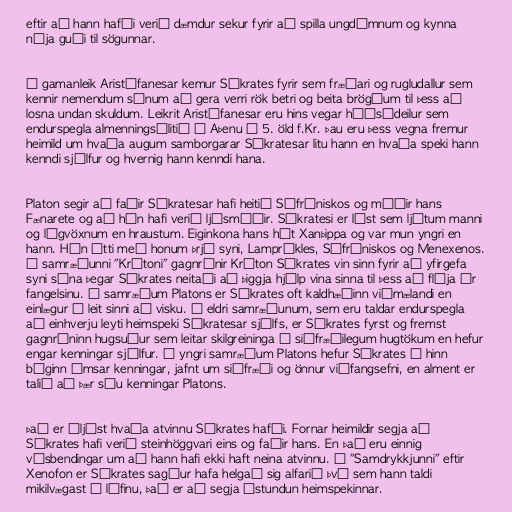
eftir að hann hafði verið dæmdur sekur fyrir að spilla ungdómnum og kynna
nýja guði til sögunnar.

Í gamanleik Aristófanesar kemur Sókrates fyrir sem fræðari og rugludallur sem
kennir nemendum sínum að gera verri rök betri og beita brögðum til þess að
losna undan skuldum. Leikrit Aristófanesar eru hins vegar háðsádeilur sem
endurspegla almenningsálitið í Aþenu á 5. öld f.Kr. Þau eru þess vegna fremur
heimild um hvaða augum samborgarar Sókratesar litu hann en hvaða speki hann
kenndi sjálfur og hvernig hann kenndi hana.

Platon segir að faðir Sókratesar hafi heitið Sófróniskos og móðir hans
Fænarete og að hún hafi verið ljósmóðir. Sókratesi er lýst sem ljótum manni
og lágvöxnum en hraustum. Eiginkona hans hét Xanþippa og var mun yngri en
hann. Hún átti með honum þrjá syni, Lamprókles, Sófróniskos og Menexenos.
Í samræðunni "Krítoni" gagnrýnir Kríton Sókrates vin sinn fyrir að yfirgefa
syni sína þegar Sókrates neitaði að þiggja hjálp vina sinna til þess að flýja úr
fangelsinu. Í samræðum Platons er Sókrates oft kaldhæðinn viðmælandi en
einlægur í leit sinni að visku. Í eldri samræðunum, sem eru taldar endurspegla
að einhverju leyti heimspeki Sókratesar sjálfs, er Sókrates fyrst og fremst
gagnrýninn hugsuður sem leitar skilgreininga á siðfræðilegum hugtökum en hefur
engar kenningar sjálfur. Í yngri samræðum Platons hefur Sókrates á hinn
bóginn ýmsar kenningar, jafnt um siðfræði og önnur viðfangsefni, en alment er
talið að þær séu kenningar Platons.

Það er óljóst hvaða atvinnu Sókrates hafði. Fornar heimildir segja að
Sókrates hafi verið steinhöggvari eins og faðir hans. En það eru einnig
vísbendingar um að hann hafi ekki haft neina atvinnu. Í "Samdrykkjunni" eftir
Xenofon er Sókrates sagður hafa helgað sig alfarið því sem hann taldi
mikilvægast í lífinu, það er að segja ástundun heimspekinnar.